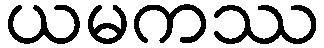
ယမကဿ